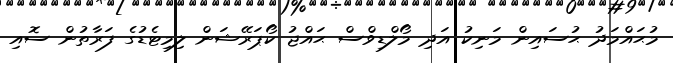
މުޙައްމަދު ޙުސައިން މަނިކު އަދި މޯލްޑިވްސް ޙައްޖު ކޯޕަރޭޝަން ލިމިޓެޑުގެ ފަރާތުން ސޮއި